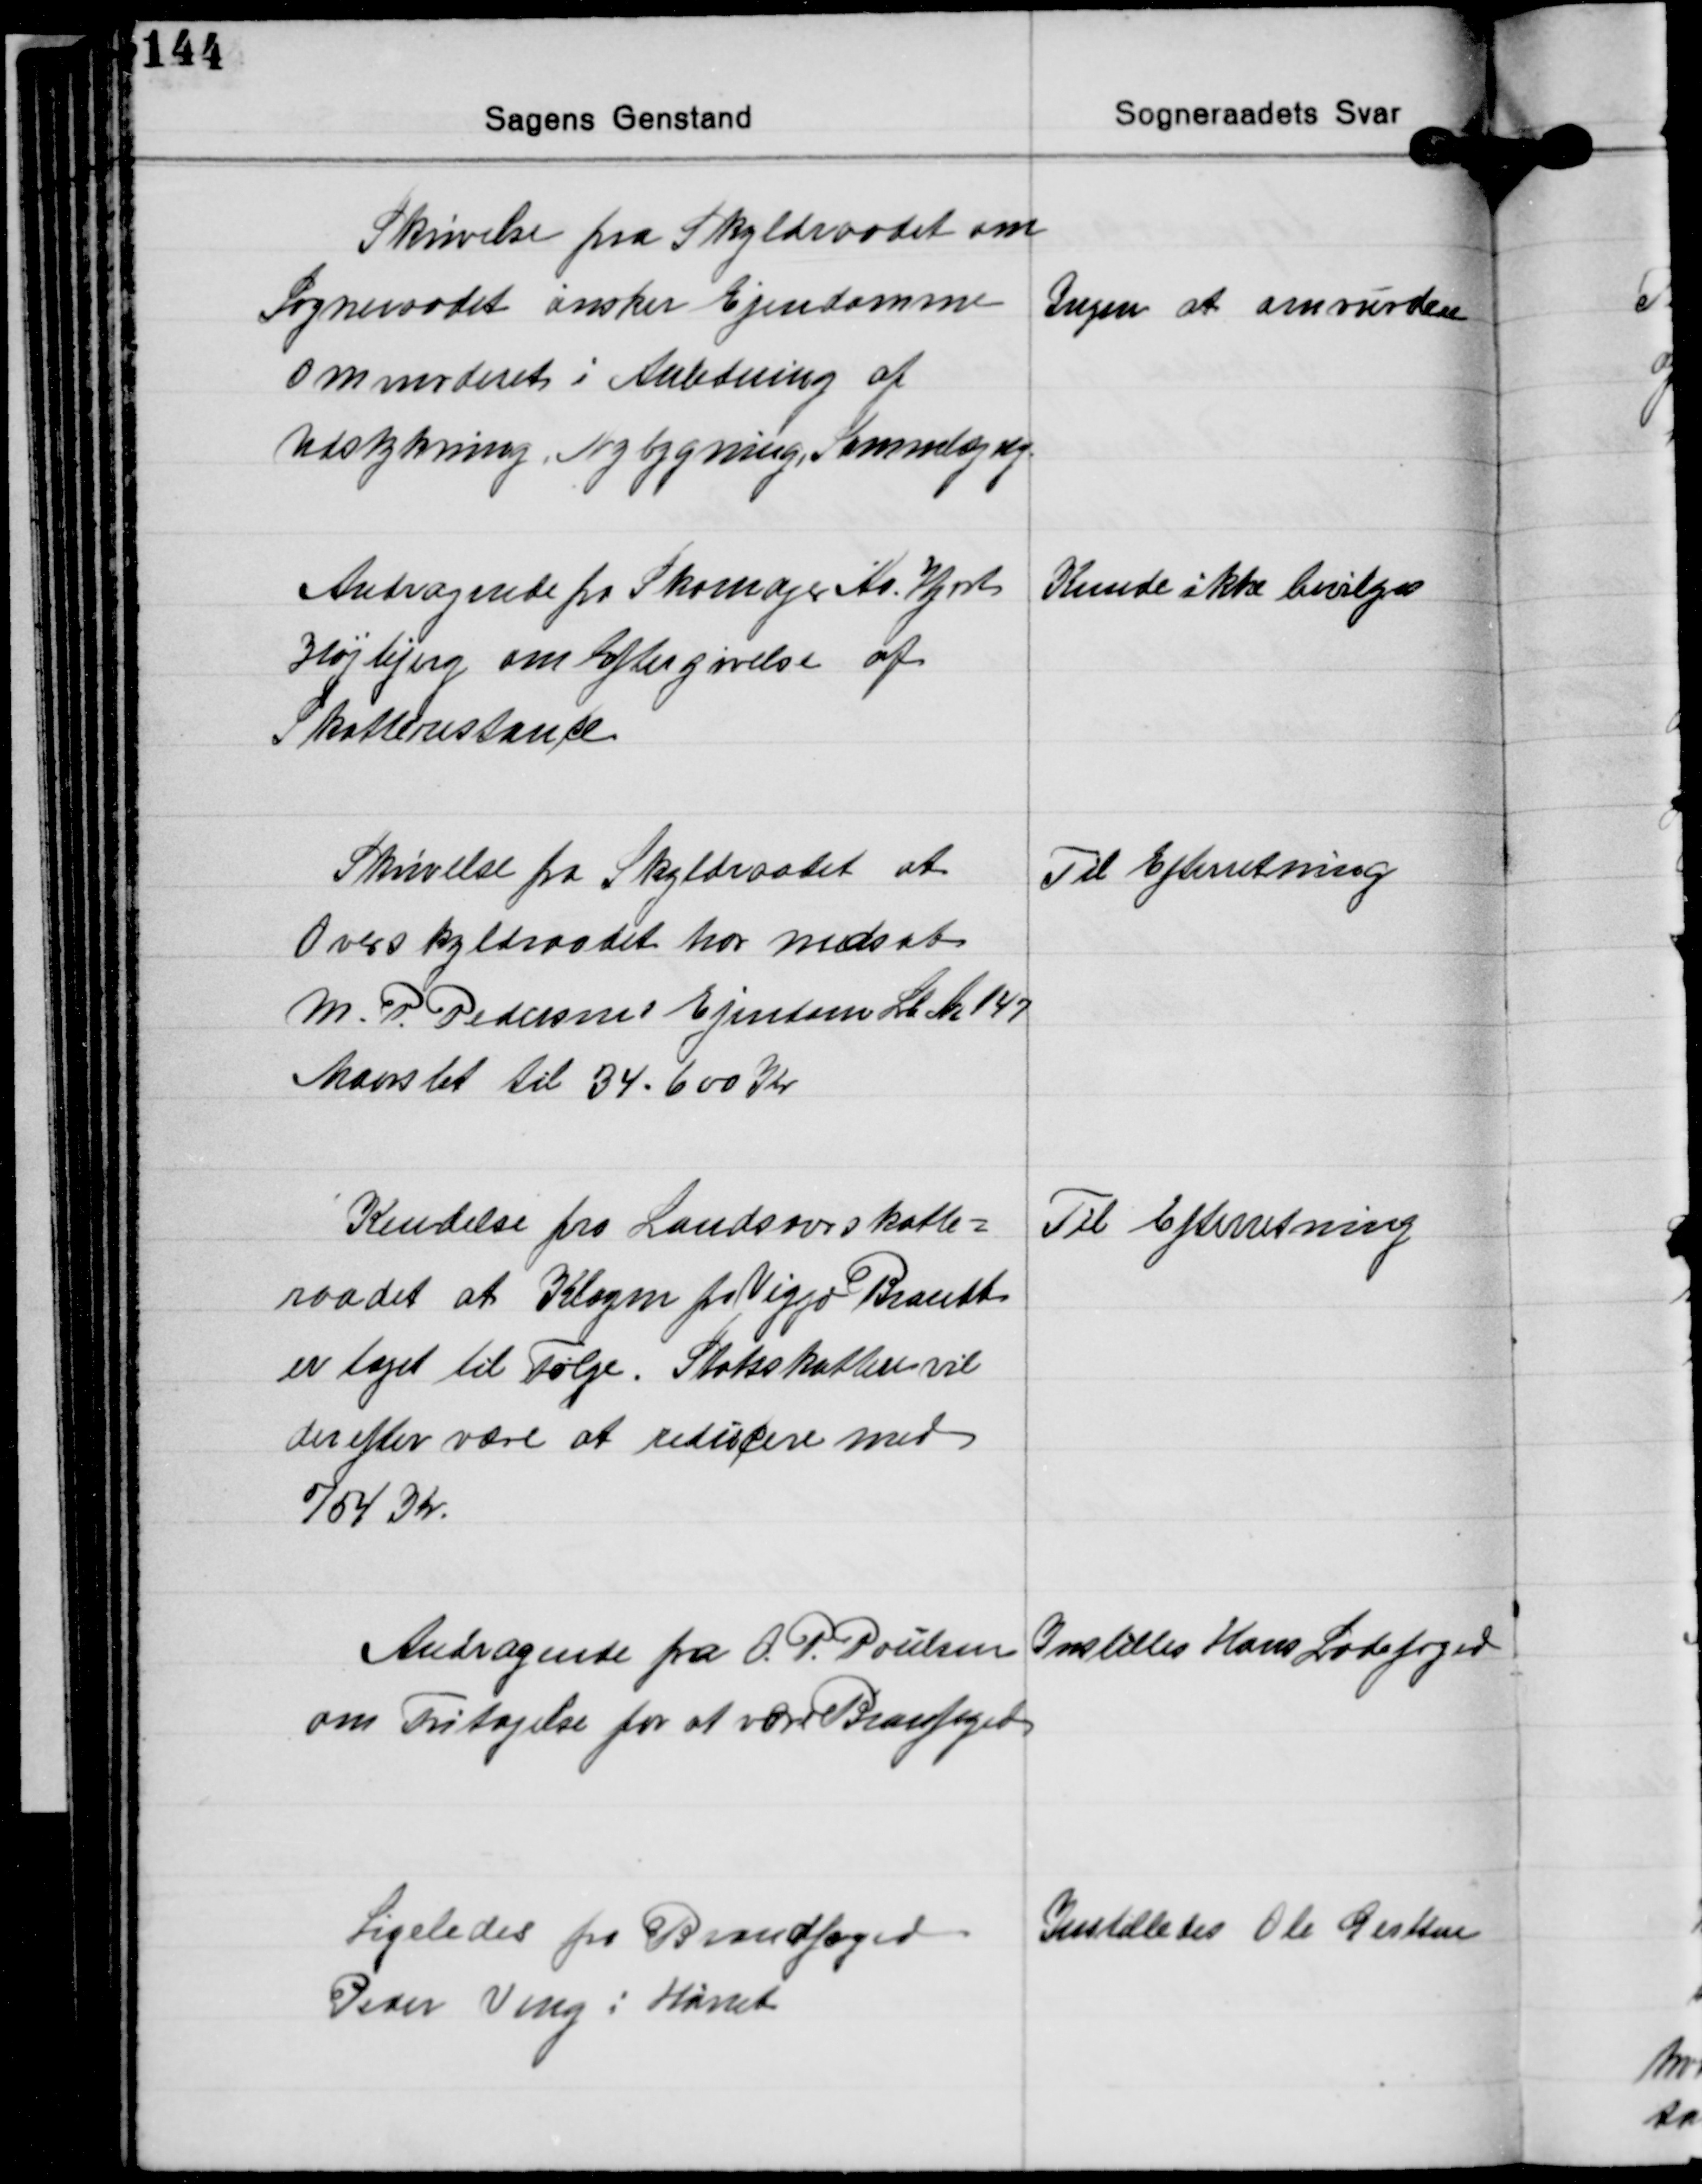
Transskription:
Skrivelse fra Skyldraadet om
Sogneraadet ønsker Ejendomme
Omvurderet i Anledning af
Udstykning, Nybygning, Sammenlægning

Ingen at omvurdere

Andragende fra Skomager Kr. Hjort
Højbjerg om Eftergivelse af
Skatterestance

Kunde ikke bevilges

Skrivelse fra Skyldraadet at
Overskyldraadet har nedsat
M. P. Pedersens Ejendom Lb. Nr. 147
Maarslet til 34.600 Kr.

Til Efterretning

Kendelse fra Landsoveskatte-
raadet at Klagen fra Viggo Brandt
er taget til følge. Statsskatten vil
derefter være at reducere med
754 Kr.

Til Efterretning

Andragende fra O. P. Poulsen
om Fritagelse for at være Branfoged

Instilles Hans Ladefoged

Ligeledes fra Brandfoged
Peder Veng i Hørret

Indstilledes Ole Gertsen